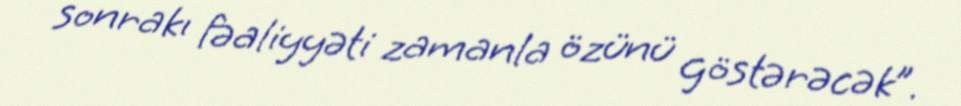
sonrakı fəaliyyəti zamanla özünü göstərəcək”.